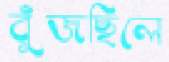
বুঁজছিলে